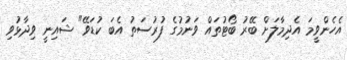
އެހެންވީމަ އެދިމާލަށް ބޭރު ބޯޓުތައް ވަނުމުގެ ފުރުސަތު އެބަ ކުޑަވޭ" ޝައިނީ ވިދާޅުވި